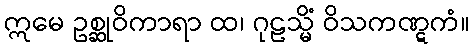
ဣမေ ဥစ္ဆုဝိကာရာ ထ၊ ဂုဠသ္မိံ ဝိသကဏ္ဋကံ။